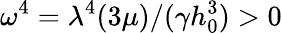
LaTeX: \omega^{4}=\lambda^{4}(3\mu)/(\gamma h_{0}^{3})>0